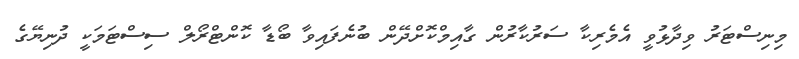
މިނިސްޓަރު ވިދާޅުވީ އެމެރިކާ ސަރުކާރުން ގާއިމްކޮށްދޭން ބުނެފައިވާ ބޯޑާ ކޮންޓްރޯލް ސިސްޓަމަކީ ދުނިޔޭގެ